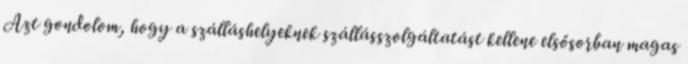
Azt gondolom, hogy a szálláshelyeknek szállásszolgáltatást kellene elsősorban magas